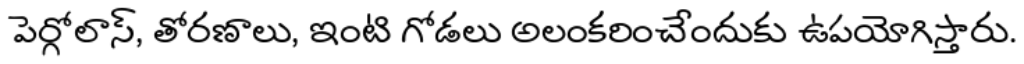
పెర్గోలాస్, తోరణాలు, ఇంటి గోడలు అలంకరించేందుకు ఉపయోగిస్తారు.